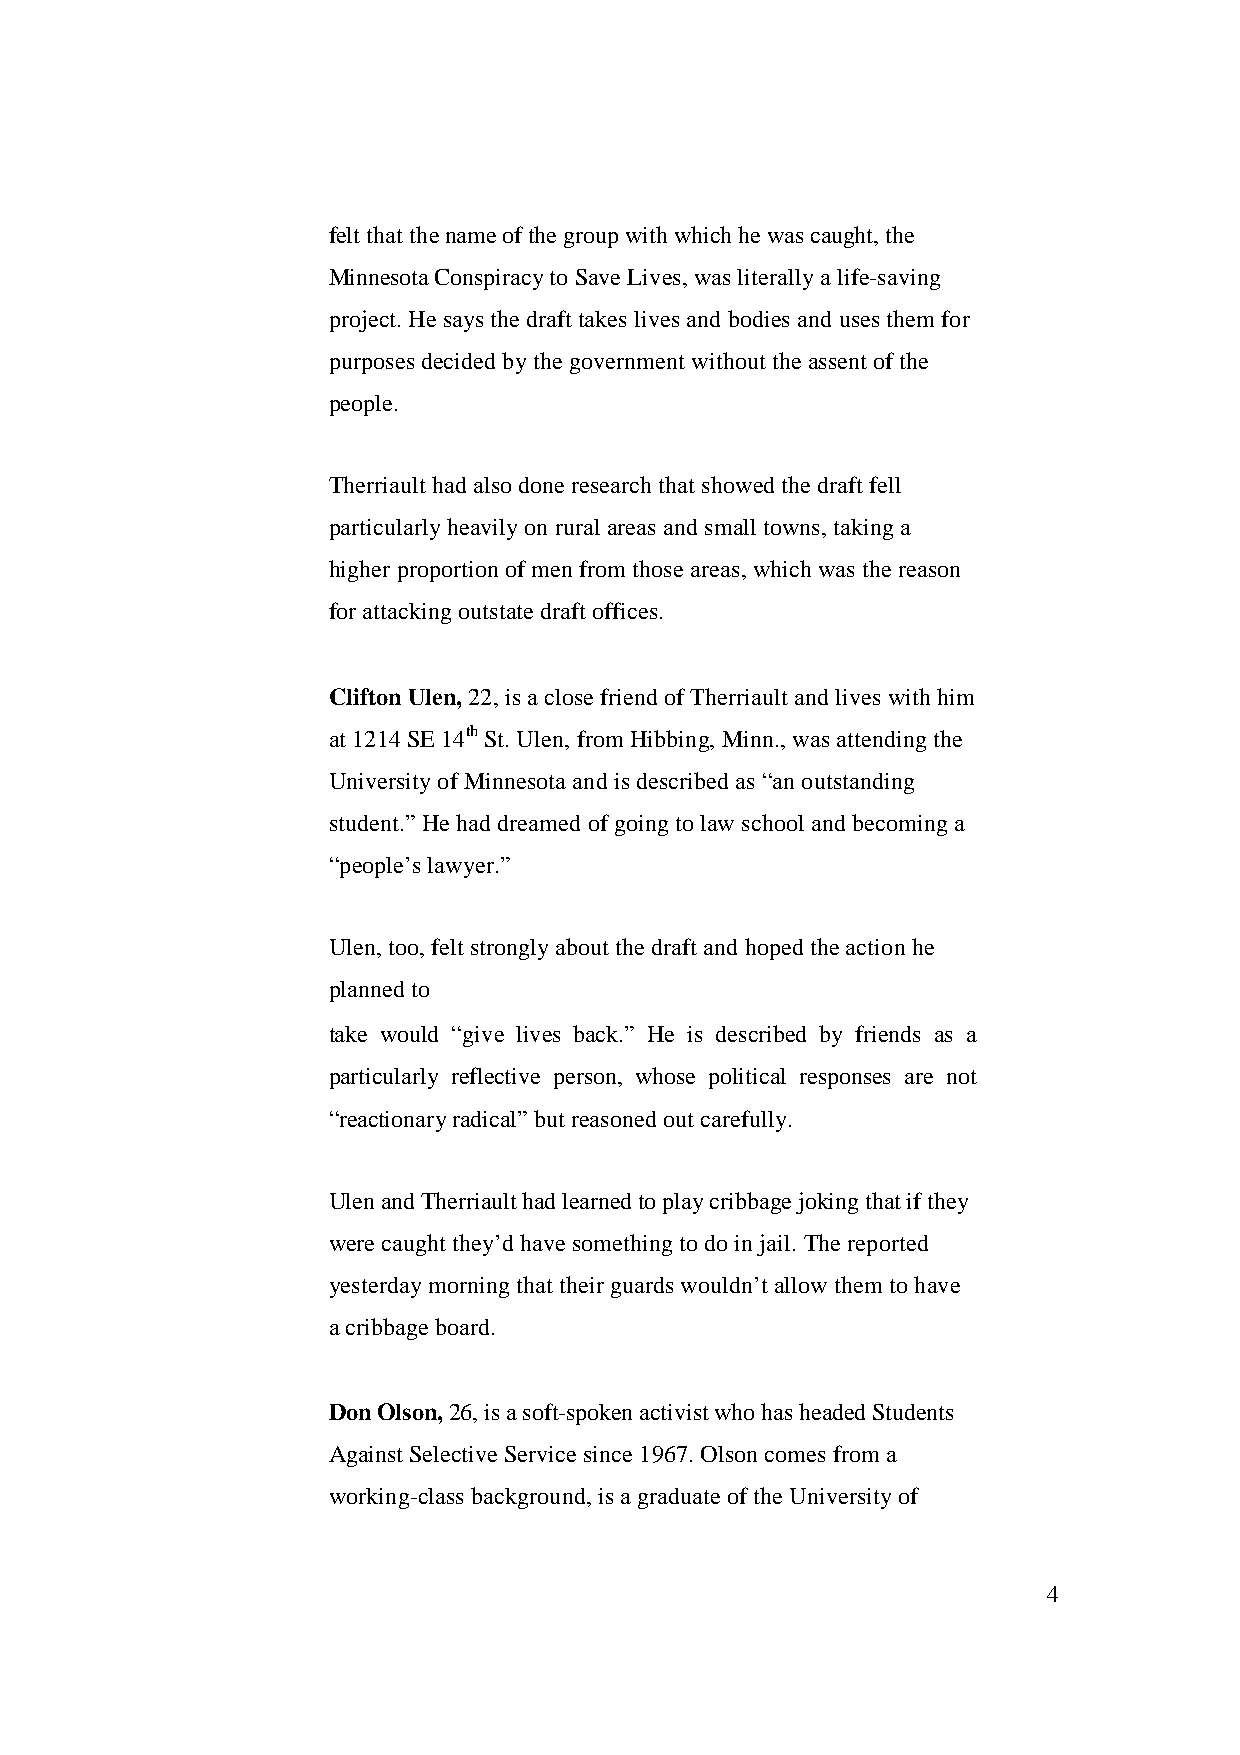
feltthatthenameofthegroupwithwhichhewascaught,the
 MinnesotaConspiracytoSaveLives,wasliterallyalife-saving
 project.Hesaysthedrafttakes livesandbodies andusesthemfor
 purposesdecidedbythegovernmentwithouttheassentofthe
 people.
 Therriaulthad alsodoneresearchthatshowedthedraftfell
 particularlyheavilyon ruralareasandsmalltowns,takinga
 higherproportionof menfromthoseareas,which was thereason
 forattackingoutstatedraftoffices.
 CliftonUlen,22,isaclosefriendofTherriaultandlives withhim
 at1214SE14thSt.Ulen, fromHibbing, Minn.,wasattendingthe
 UniversityofMinnesotaandisdescribed as “anoutstanding
 student.”Hehaddreamedof goingtolawschoolandbecominga
 “people’slawyer.”
 Ulen,too,feltstronglyaboutthedraftandhoped theactionhe
 plannedto
 take would “give lives back.” He is described by friends as a
 particularly reflective person, whose political responses are not
 “reactionaryradical”butreasonedoutcarefully.
 UlenandTherriaulthadlearnedtoplaycribbagejokingthatifthey
 werecaughtthey’dhavesomethingtodoinjail. Thereported
 yesterdaymorningthattheirguardswouldn’tallowthemtohave
 acribbageboard.
 DonOlson,26,isasoft-spokenactivistwhohasheadedStudents
 AgainstSelectiveServicesince1967.Olsoncomes froma
 working-classbackground,isagraduateoftheUniversityof
 4